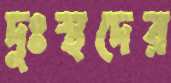
দুঃস্থদের